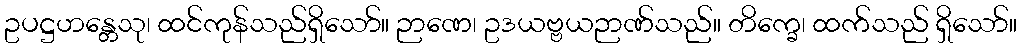
ဥပဋ္ဌဟန္တေသု၊ ထင်ကုန်သည်ရှိသော်။ ဉာဏေ၊ ဥဒယဗ္ဗယဉာဏ်သည်။ တိက္ခေ၊ ထက်သည် ရှိသော်။